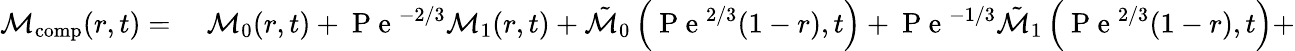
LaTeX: \begin{array}{rl}{\mathcal{M}_{\mathrm{comp}}(r,t)=}&{{}\; \mathcal{M}_{0}(r,t)+\mathrm{~P~e~}^{-2/3}\mathcal{M}_{1}(r,t)+\tilde{\mathcal{M}}_{0}\left(\mathrm{~P~e~}^{2/3}(1-r),t\right)+\mathrm{~P~e~}^{-1/3}\tilde{\mathcal{M}}_{1}\left(\mathrm{~P~e~}^{2/3}(1-r),t\right)+}\end{array}